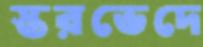
স্তরভেদে